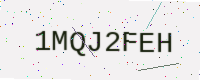
Text: 1MQJ2FEH